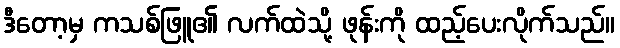
ဒီတော့မှ ကသစ်ဖြူ၏ လက်ထဲသို့ ဖုန်းကို ထည့်ပေးလိုက်သည်။